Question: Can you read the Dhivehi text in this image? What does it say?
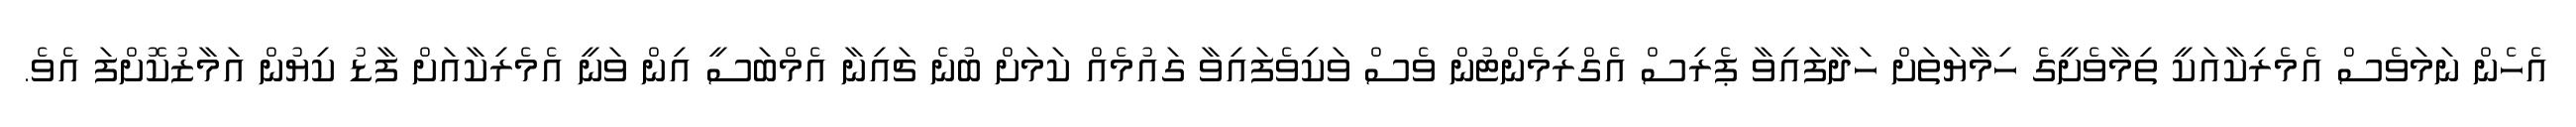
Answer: އެހެން ނަމަވެސް އެމެރިކާއަކީ ތިމާވެށީގެ ހިމާޔަތަށް ހަދާފައިވާ ޕެރިސް އެގްރިމެންޓުން ވެސް ވަކިވެފައިވާ ގައުމެއް ކަމަށް ބުނެ ޗައިނާ އެމްބަސީ އިން ވަނީ އެމެރިކާއަށް ފާޑު ކިޔުން އަމާޒުކޮށްފަ އެވެ.